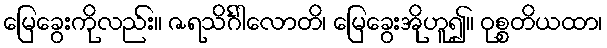
မြေခွေးကိုလည်း။ ဇရသိင်္ဂါလောတိ၊ မြေခွေးအိုဟူ၍။ ဝုစ္စတိယထာ၊